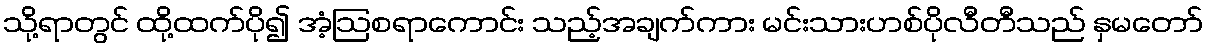
သို့ရာတွင် ထို့ထက်ပို၍ အံ့ဩစရာကောင်း သည့်အချက်ကား မင်းသားဟစ်ပိုလီတီသည် နှမတော်